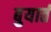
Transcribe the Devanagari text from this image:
बुयार्त